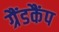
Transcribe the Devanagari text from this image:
ग्रैंडकैंप